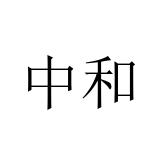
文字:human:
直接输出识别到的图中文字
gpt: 中和